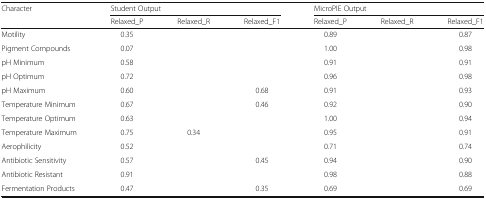
<table><thead><tr><td rowspan="2"><b>Character</b></td><td colspan="3"><b>Student Output</b></td><td colspan="3"><b>MicroPIE Output</b></td></tr><tr><td><b>Relaxed_P</b></td><td><b>Relaxed_R</b></td><td><b>Relaxed_F1</b></td><td><b>Relaxed_P</b></td><td><b>Relaxed_R</b></td><td><b>Relaxed_F1</b></td></tr></thead><tbody><tr><td>Motility</td><td>0.35</td><td>[EMPTY_CELL]</td><td>[EMPTY_CELL]</td><td>0.89</td><td>[EMPTY_CELL]</td><td>0.87</td></tr><tr><td>Pigment Compounds</td><td>0.07</td><td>[EMPTY_CELL]</td><td>[EMPTY_CELL]</td><td>1.00</td><td>[EMPTY_CELL]</td><td>0.98</td></tr><tr><td>pH Minimum</td><td>0.58</td><td>[EMPTY_CELL]</td><td>[EMPTY_CELL]</td><td>0.91</td><td>[EMPTY_CELL]</td><td>0.91</td></tr><tr><td>pH Optimum</td><td>0.72</td><td>[EMPTY_CELL]</td><td>[EMPTY_CELL]</td><td>0.96</td><td>[EMPTY_CELL]</td><td>0.98</td></tr><tr><td>pH Maximum</td><td>0.60</td><td>[EMPTY_CELL]</td><td>0.68</td><td>0.91</td><td>[EMPTY_CELL]</td><td>0.93</td></tr><tr><td>Temperature Minimum</td><td>0.67</td><td>[EMPTY_CELL]</td><td>0.46</td><td>0.92</td><td>[EMPTY_CELL]</td><td>0.90</td></tr><tr><td>Temperature Optimum</td><td>0.63</td><td>[EMPTY_CELL]</td><td>[EMPTY_CELL]</td><td>1.00</td><td>[EMPTY_CELL]</td><td>0.94</td></tr><tr><td>Temperature Maximum</td><td>0.75</td><td>0.34</td><td>[EMPTY_CELL]</td><td>0.95</td><td>[EMPTY_CELL]</td><td>0.91</td></tr><tr><td>Aerophilicity</td><td>0.52</td><td>[EMPTY_CELL]</td><td>[EMPTY_CELL]</td><td>0.71</td><td>[EMPTY_CELL]</td><td>0.74</td></tr><tr><td>Antibiotic Sensitivity</td><td>0.57</td><td>[EMPTY_CELL]</td><td>0.45</td><td>0.94</td><td>[EMPTY_CELL]</td><td>0.90</td></tr><tr><td>Antibiotic Resistant</td><td>0.91</td><td>[EMPTY_CELL]</td><td>[EMPTY_CELL]</td><td>0.98</td><td>[EMPTY_CELL]</td><td>0.88</td></tr><tr><td>Fermentation Products</td><td>0.47</td><td>[EMPTY_CELL]</td><td>0.35</td><td>0.69</td><td>[EMPTY_CELL]</td><td>0.69</td></tr></tbody></table>